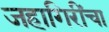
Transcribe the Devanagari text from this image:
जहागिरींचा